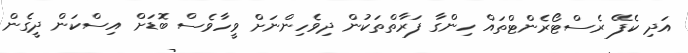
އަދި ކެފޭ ރެސްޓޯރެންޓްތައް ހިންގާ ފަރާތްތަކުން ދިވެހިންނަށް ވީހާވެސް ބޮޑަށް އިސްކަން ދީގެން